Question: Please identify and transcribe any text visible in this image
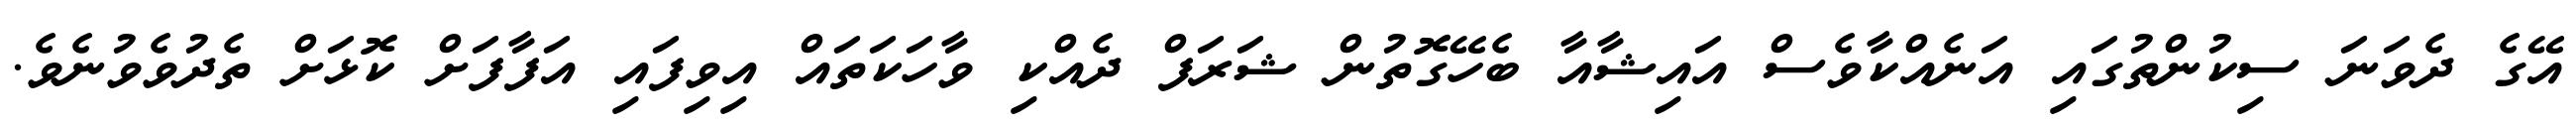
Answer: އޭގެ ދެވަނަ ސިކުންތުގައި އަނެއްކާވެސް އައިޝާއާ ބެހޭގޮތުން ޝަރަފް ދެއްކި ވާހަކަތައް އިވިފައި އަފާފަށް ކޮޅަށް ތެދުވެވުނެވެ.